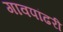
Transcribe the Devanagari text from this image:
गावपांढरी